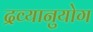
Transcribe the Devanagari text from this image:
द्रव्यानुयोग